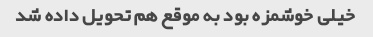
خیلی خوشمزه بود به موقع هم تحویل داده شد